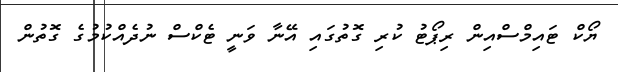
ޔޯކް ޓައިމްސްއިން ރިޕޯޓު ކުރި ގޮތުގައި އޭނާ ވަނީ ޓެކްސް ނުދެއްކުމުގެ ގޮތުން